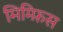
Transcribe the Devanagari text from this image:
मिम्फ़िस